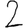
Digit: 2